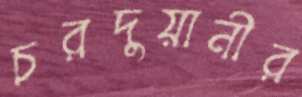
চরদুয়ানীর